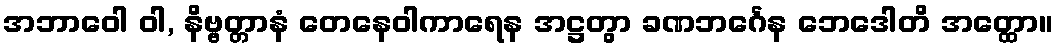
အဘာဝေါ ဝါ, နိဗ္ဗတ္တာနံ တေနေဝါကာရေန အဋ္ဌတွာ ခဏဘင်္ဂေန ဘေဒေါတိ အတ္ထော။